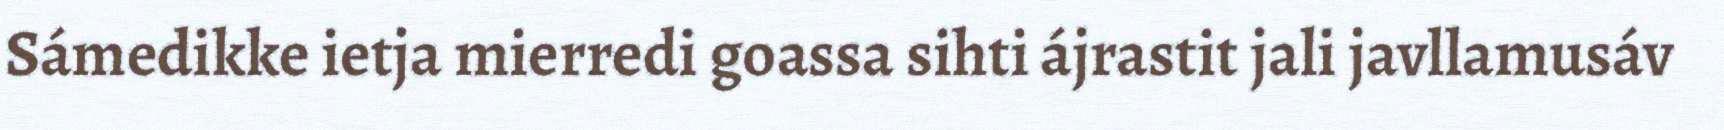
Sámedikke ietja mierredi goassa sihti ájrastit jali javllamusáv